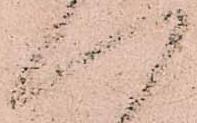
へ